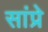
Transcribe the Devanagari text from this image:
सांप्रे